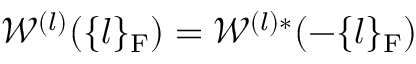
\mathscr { W } ^ { ( l ) } ( \{ l \} _ { \mathrm { F } } ) = \mathscr { W } ^ { ( l ) * } ( - \{ l \} _ { \mathrm { F } } )